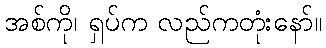
အစ်ကို၊ ရှပ်က လည်ကတုံးနော်။